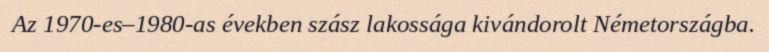
Az 1970-es–1980-as években szász lakossága kivándorolt Németországba.